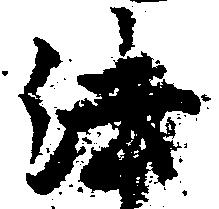
法